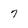
Character: 7